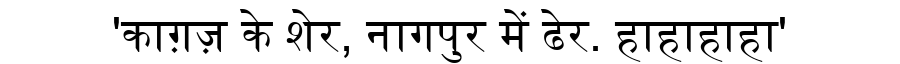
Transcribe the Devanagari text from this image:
'काग़ज़ के शेर, नागपुर में ढेर. हाहाहाहा'